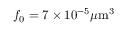
f _ { 0 } = 7 \times 1 0 ^ { - 5 } \mu \mathrm { m } ^ { 3 }